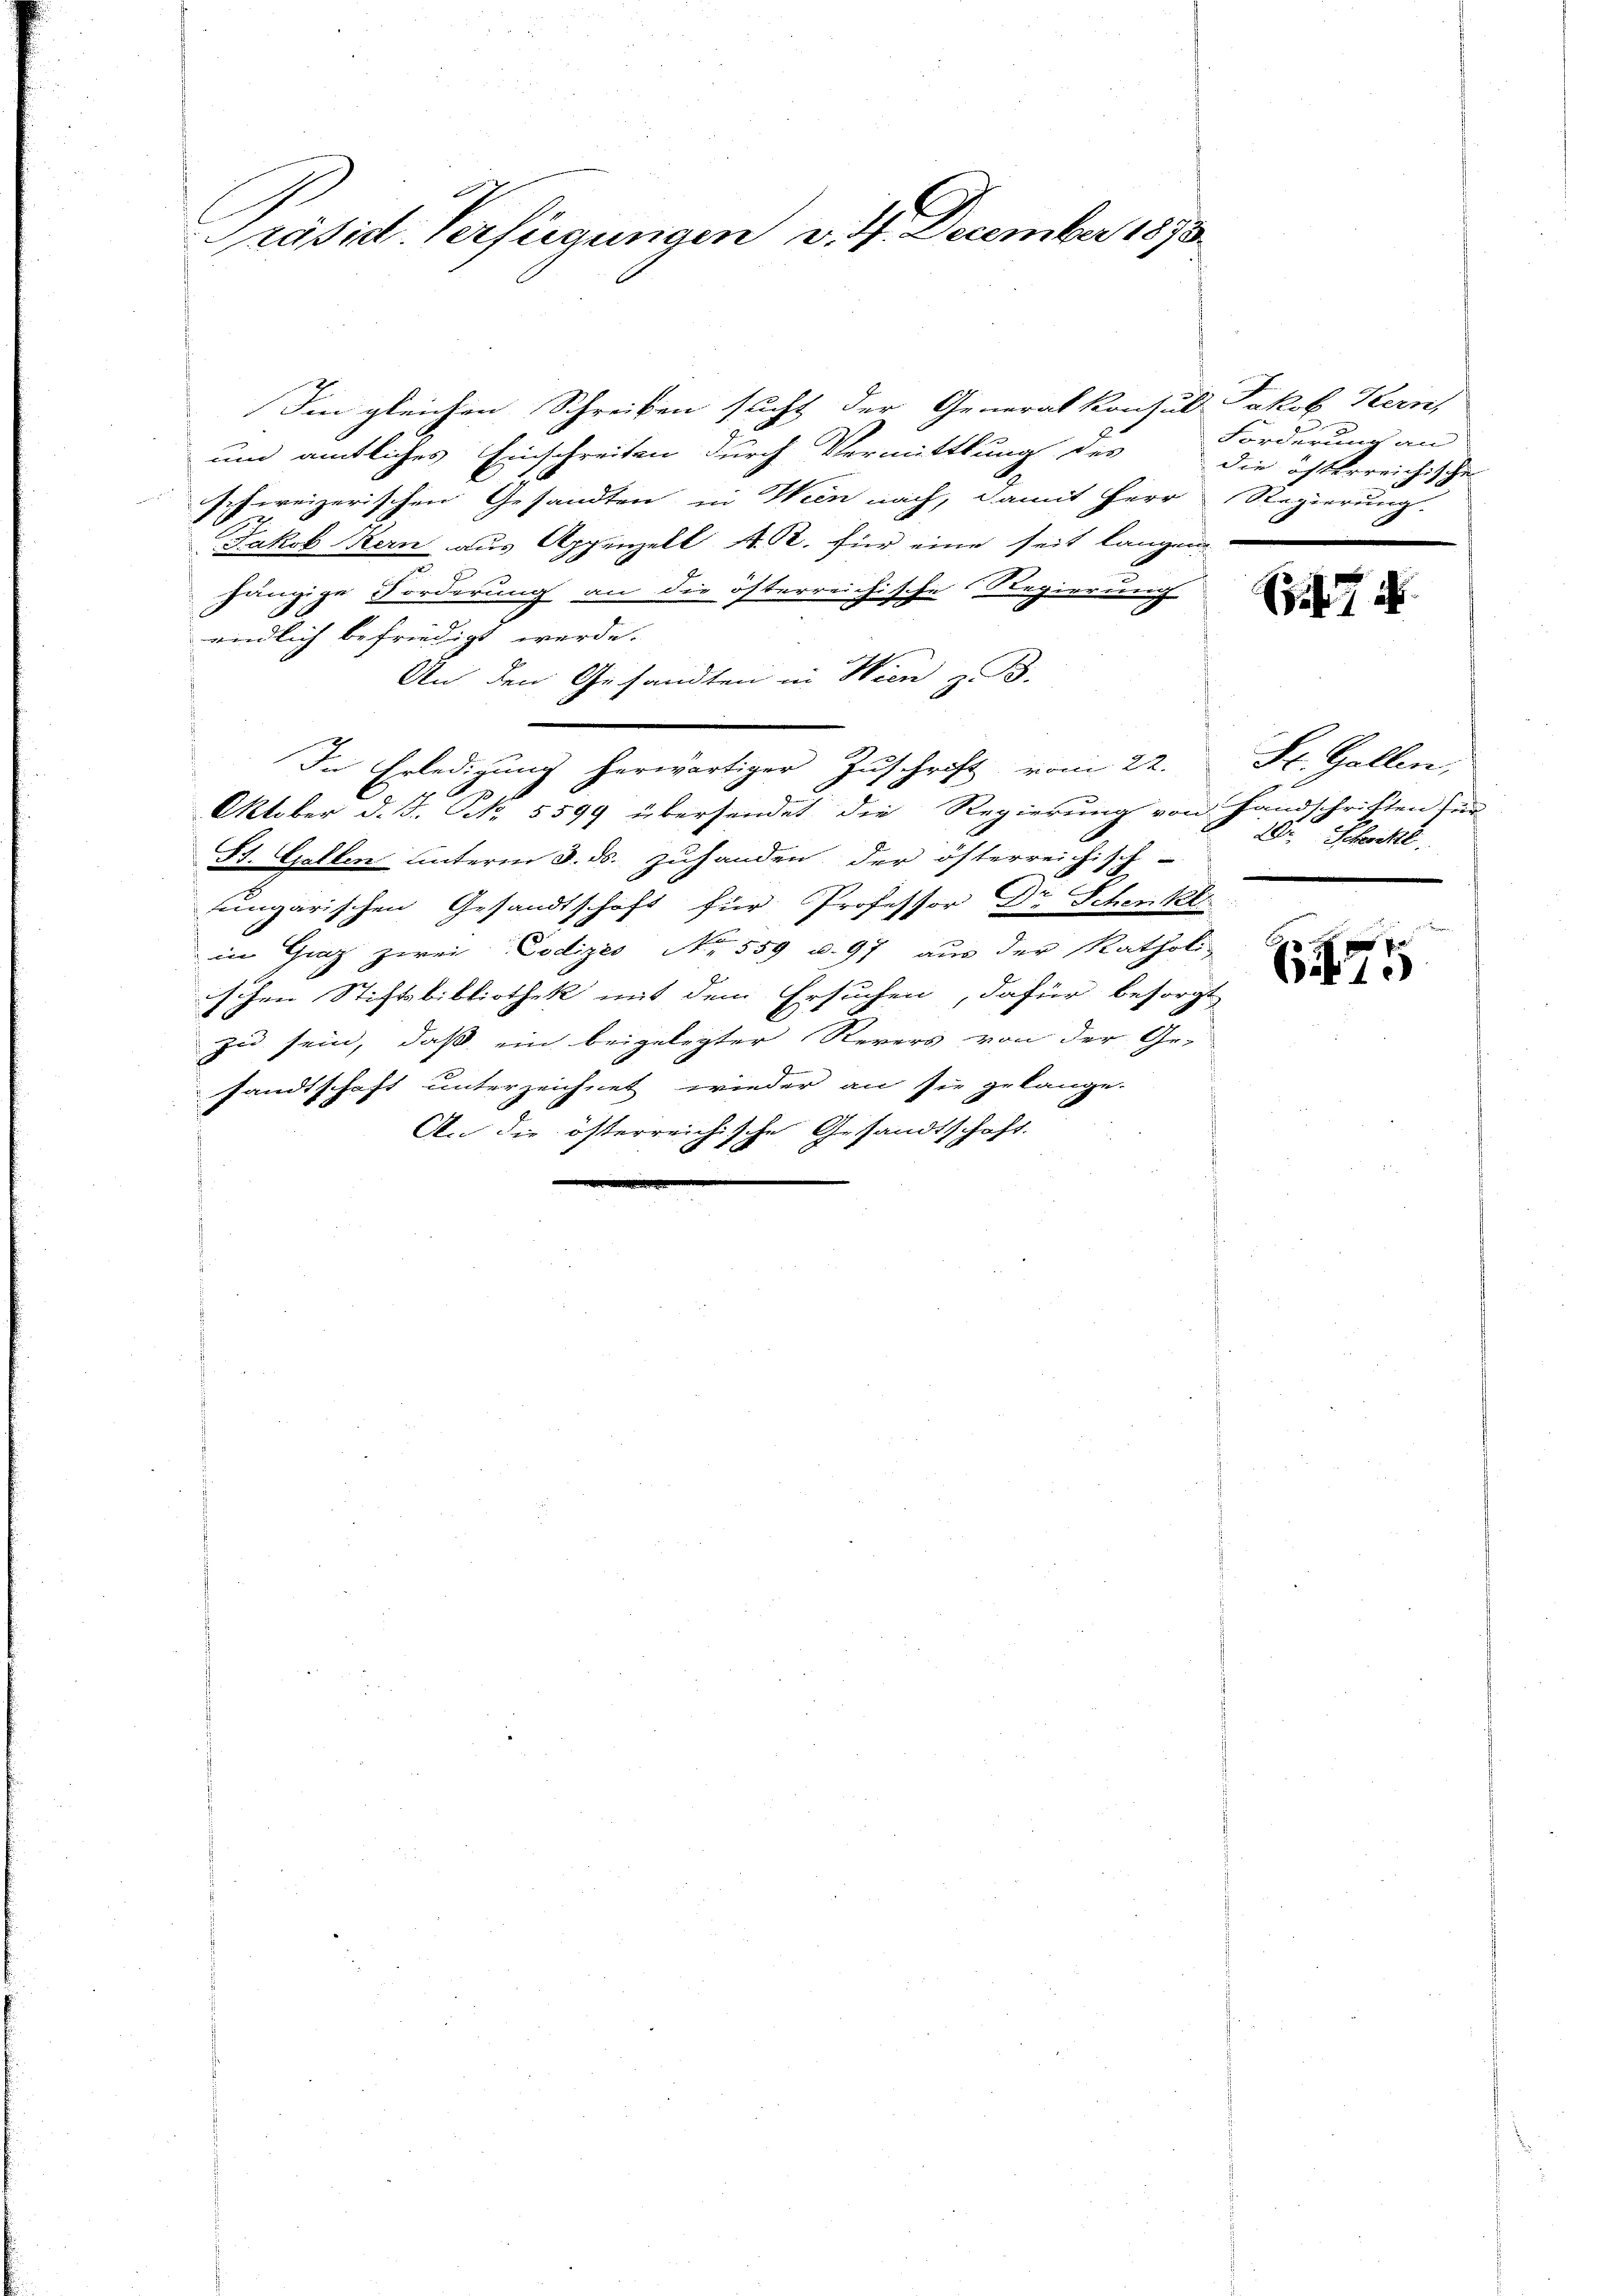
Präsid. Verfügungen v. 4. December 1873

Im gleichen Schreiben sucht der Generalkonsul Jakob Kern,
un amtliches Einschreiten durch Vermittlung des
schweizerischen Gesandten in Wien nach, damit Herr
Jakob Kern aus Appenzell A. R. für eine seit langen.
hängige Forderung an die österreichische Regierung
endlich befriedigt werde.
An den Gesandten in Wien z. B.
In Erledigung herwärtiger Zuschrift vom 22.
Oktober d. J. No. 5599 übersendet die Regierung von Han
St. Gallen unterm 8. ds. zuhanden der österreichisch-
ungarischen Gesandtschaft für Professor Dr. Schenkl
in Graz zwei Codize Nr. 559 u. 97 aus der Katholi-
ischen Stiftsbibliothek mit dem Ersuchen, dafür besorgt
16
zu sein, daß ein beigelegter Revers von der Ge-
sandtschaft unterzeichnet wieder an sie gelange-
An die österreichische Gesandtschaft.

Forderung an
die österreichische
Regierung.

St. Gallen,
riften fün
2 Schachte.

P
61.